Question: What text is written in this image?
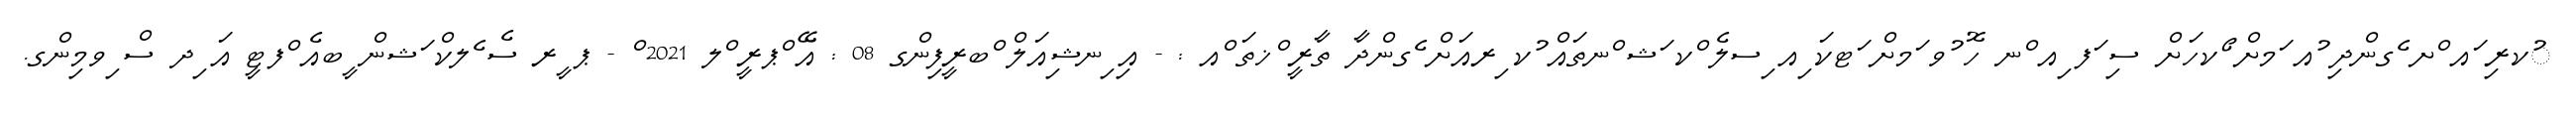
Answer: ުކރި ައ ްށ ެގންދި ުއ ަމށް ޯކހަށް ސި ަފ ިއ ްނ ހޮ ުވ ަމށް ަޓކަ ިއ ިސލެ ްކ ަޝ ްނތައް ުކ ިރއަށް ެގންދާ ތާރީ ްޚތަ ްއ : - އި ިނޝިއަލް ްބރީފިންގ 08 : އޭ ްޕރީ ްލ 2021 ް - ޕ ީރ ސެ ެލކް ަޝން ީބއެ ްފޓީ އަ ިދ ސް ިވމިންގ.